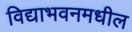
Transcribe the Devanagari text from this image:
विद्याभवनमधील